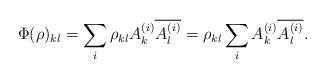
LaTeX: \begin{align*}\Phi(\rho)_{kl} = \sum_i \rho_{kl} A^{(i)}_{k} \overline{A^{(i)}_{l}} = \rho_{kl} \sum_i A^{(i)}_{k} \overline{A^{(i)}_{l}}.\end{align*}